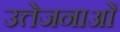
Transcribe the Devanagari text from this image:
उत्तेजनाआें